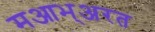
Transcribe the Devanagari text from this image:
मआभ्अरत